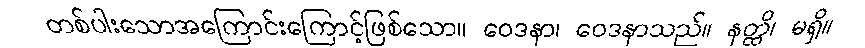
တစ်ပါးသောအကြောင်းကြောင့်ဖြစ်သော။ ဝေဒနာ၊ ဝေဒနာသည်။ နတ္ထိ၊ မရှိ။